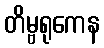
တိမ္ဗရုကေန